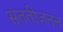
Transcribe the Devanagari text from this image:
संततीजनन